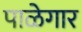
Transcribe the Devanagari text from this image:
पाळेगार